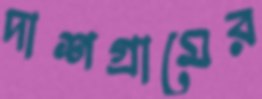
দাশগ্রামের